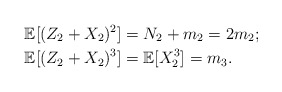
\begin{align*}\mathbb{E}[(Z_2+X_2)^2]&=N_2+m_2=2m_2;\\\mathbb{E}[(Z_2+X_2)^3]&=\mathbb{E}[X_2^3]=m_3.\end{align*}